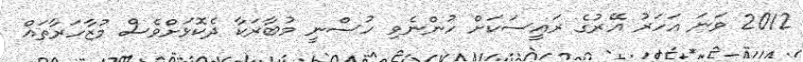
2012 ވަނަ އަހަރު އޭރުގެ ރައީސަކަށް ހުންނެވި ހުސްނީ މުބާރަކާ ދެކޮޅަށްވެސް މުޒާހަރާތައް